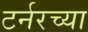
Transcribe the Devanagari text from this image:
टर्नरच्या